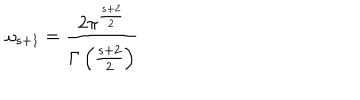
LaTeX: \omega _ { s + 1 } = { \frac { 2 \pi ^ { \frac { s + 2 } { 2 } } } { \Gamma \left( { \frac { s + 2 } { 2 } } \right) } }